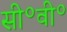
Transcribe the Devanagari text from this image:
सी॰वी॰